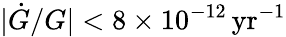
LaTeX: |\dot{G}/G|<8\times 10^{-12}\, \mathrm{yr}^{-1}